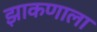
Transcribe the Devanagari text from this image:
झाकणाला